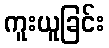
ကူးယူခြင်း